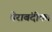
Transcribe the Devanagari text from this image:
घेराबंदीका